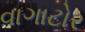
વાગાટોર